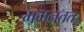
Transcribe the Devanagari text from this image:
मभनतत